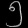
Digit: ၅